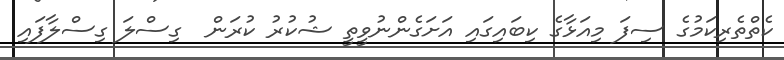
ކެތްތެރިކަމުގެ ސިފަ މިއަޅާގެ ކިބައިގައި އަށަގެންނުވީތީ ޝުކުރު ކުރަން  ގިސްލަ ގިސްލާފައި